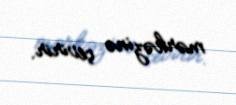
mərkəzinə çevirir.